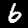
Digit: 6